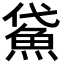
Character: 𩶕